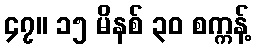
၄၇။ ၁၅ မိနစ် ၃၀ စက္ကန့်